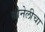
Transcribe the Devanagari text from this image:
बोनेलीचा